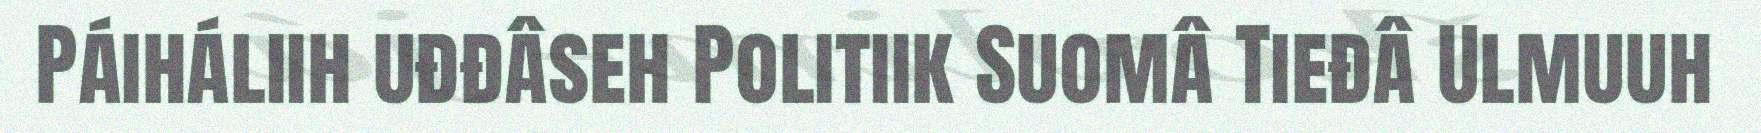
Páiháliih uđđâseh Politiik Suomâ Tieđâ Ulmuuh